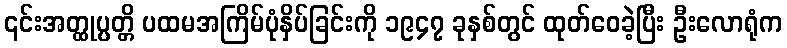
၎င်းအတ္ထုပ္ပတ္တိ ပထမအကြိမ်ပုံနှိပ်ခြင်းကို ၁၉၄၇ ခုနှစ်တွင် ထုတ်ဝေခဲ့ပြီး ဦးလောရုံက